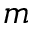
m